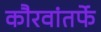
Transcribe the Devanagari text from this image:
कौरवांतर्फे